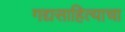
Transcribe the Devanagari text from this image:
गद्यसाहित्याचा